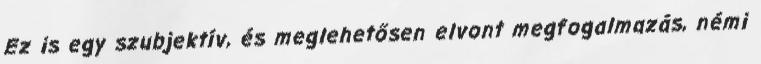
Ez is egy szubjektív, és meglehetősen elvont megfogalmazás, némi